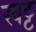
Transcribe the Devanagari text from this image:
खट्ट